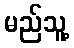
မည်သူ့